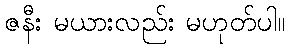
ဇနီး မယားလည်း မဟုတ်ပါ။